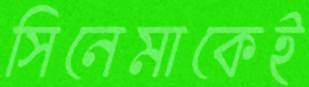
সিনেমাকেই